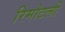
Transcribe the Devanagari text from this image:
रिमोटली